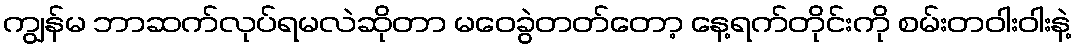
ကျွန်မ ဘာဆက်လုပ်ရမလဲဆိုတာ မဝေခွဲတတ်တော့ နေ့ရက်တိုင်းကို စမ်းတဝါးဝါးနဲ့